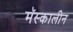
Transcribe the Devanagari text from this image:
मॅस्कालीन